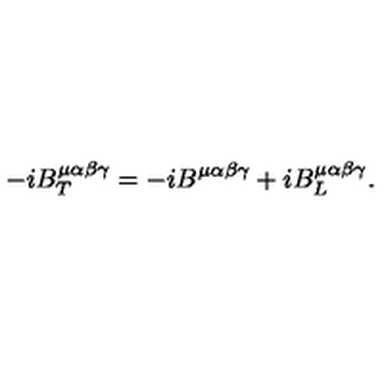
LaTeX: - i B _ { T } ^ { \mu \alpha \beta \gamma } = - i B ^ { \mu \alpha \beta \gamma } + i B _ { L } ^ { \mu \alpha \beta \gamma } .